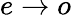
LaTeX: e\rightarrow o